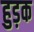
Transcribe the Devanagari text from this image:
हुड़क